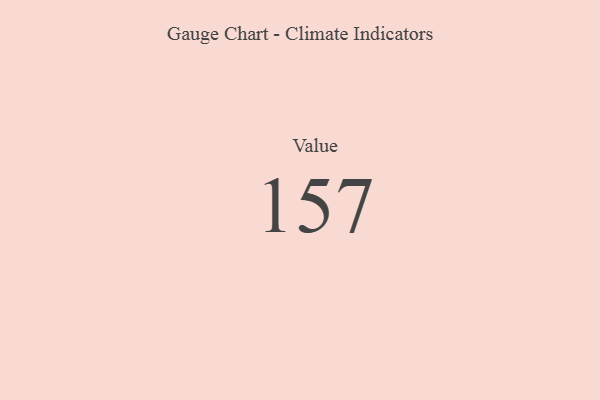
{"axis": {"x": "Metric", "y": "Value"}, "legend": [""], "data": [{"x": "Value", "y": 157, "type": ""}]}